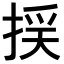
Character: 𢯉